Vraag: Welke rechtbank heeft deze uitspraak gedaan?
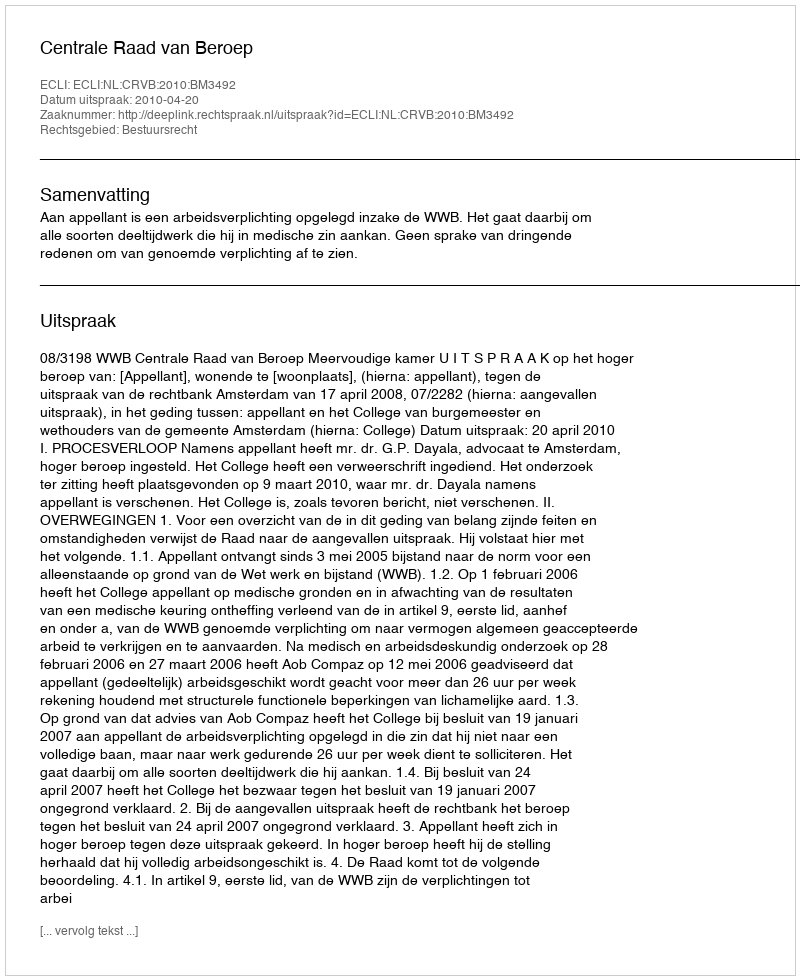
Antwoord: Centrale Raad van Beroep